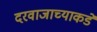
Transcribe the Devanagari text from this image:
दरवाजाच्याकडे